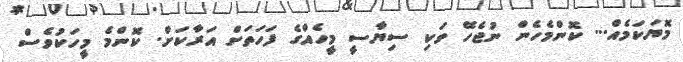
މޮޔަކަމެއް... ކޮންމެހެން ނުޖެހޭ ވަކި ސިޔާސީ މީހެއްގެ ފަހަތަށް އަރާކަށް. ކޮންމެ މީހަކުވެސް